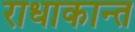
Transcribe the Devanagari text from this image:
राधाकान्‍त